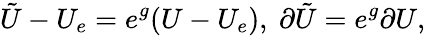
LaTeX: \tilde{U}-U_{e}=e^{g}(U-U_{e}),\ \partial\tilde{U}=e^{g}\partial U,